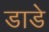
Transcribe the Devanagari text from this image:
डाडे